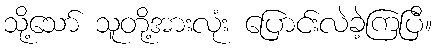
သို့သော် သူတို့အားလုံး ပြောင်းလဲခဲ့ကြပြီ။